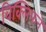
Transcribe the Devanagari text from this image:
विक्लिफने